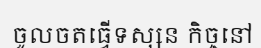
ចូលចតធ្វើទស្សន កិច្ចនៅ